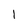
Character: 1